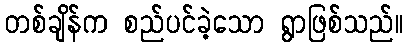
တစ်ချိန်က စည်ပင်ခဲ့သော ရွာဖြစ်သည်။